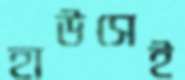
হাউসেই